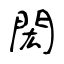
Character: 閎